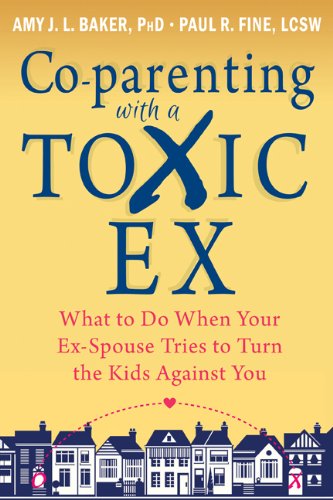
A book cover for Co-parenting with a Toxic Ex: What to Do When Your Ex-Spouse Tries to Turn the Kids Against You; Amy J. L. Baker PhD; Parenting & Relationships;